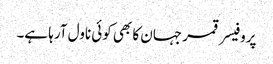
پروفیسر قمر جہان کا بھی کوئی ناول آرہا ہے۔